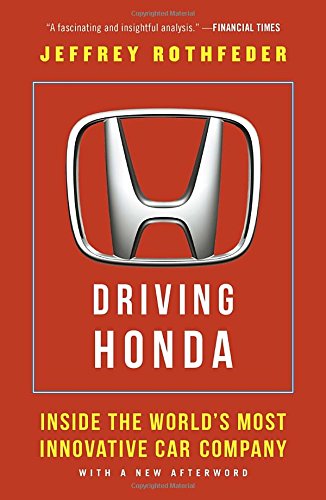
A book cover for Driving Honda: Inside the World's Most Innovative Car Company; Jeffrey Rothfeder; Business & Money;